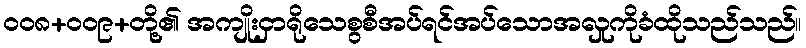
ဝဝ၈+ဝဝ၉+တို့၏ အကျိုးငှာရိုသေစွစီအပ်ရင်အပ်သောအလှုကိုခံထိုသည်သည်။